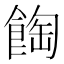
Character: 𩛽